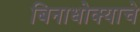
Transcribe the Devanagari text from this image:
बिनाधोक्याचे